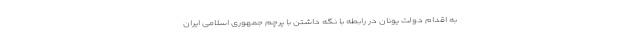
به اقدام دولت یونان در رابطه با نگه داشتن با پرچم جمهوری اسلامی ایران